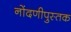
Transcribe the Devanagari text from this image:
नोंदणीपुस्तक